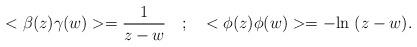
LaTeX: \begin{align*}<\beta(z)\gamma(w)> = {\frac{1}{z-w}} \quad ; \quad <\phi(z) \phi(w)> = - {\rm ln}~(z-w).\end{align*}